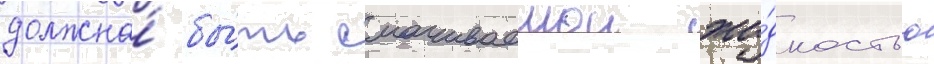
должна́ бы́ть смачиваемои жи́дкостью